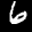
Label: 6